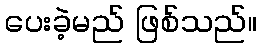
ပေးခဲ့မည် ဖြစ်သည်။